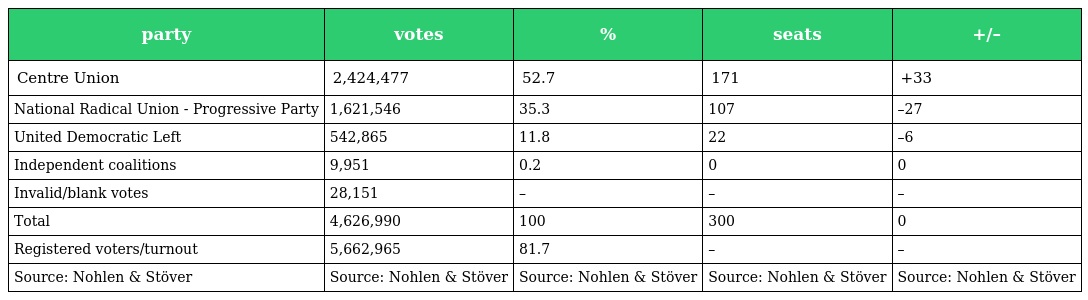
| party | votes | % | seats | +/– |
 | --- | --- | --- | --- | --- |
 | Centre Union | 2,424,477 | 52.7 | 171 | +33 |
 | National Radical Union - Progressive Party | 1,621,546 | 35.3 | 107 | –27 |
 | United Democratic Left | 542,865 | 11.8 | 22 | –6 |
 | Independent coalitions | 9,951 | 0.2 | 0 | 0 |
 | Invalid/blank votes | 28,151 | – | – | – |
 | Total | 4,626,990 | 100 | 300 | 0 |
 | Registered voters/turnout | 5,662,965 | 81.7 | – | – |
 | Source: Nohlen & Stöver | Source: Nohlen & Stöver | Source: Nohlen & Stöver | Source: Nohlen & Stöver | Source: Nohlen & Stöver |